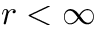
r < \infty